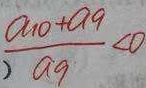
\frac { a _ { 1 0 } + a _ { 9 } } { a _ { 9 } } < 0